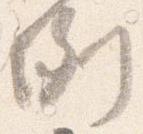
例